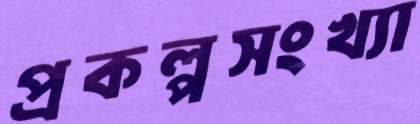
প্রকল্পসংখ্যা